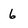
Character: 6